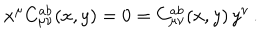
LaTeX: x ^ { \mu } C _ { \mu \nu } ^ { a b } ( x , y ) = 0 = C _ { \mu \nu } ^ { a b } ( x , y ) \, y ^ { \nu } \, .